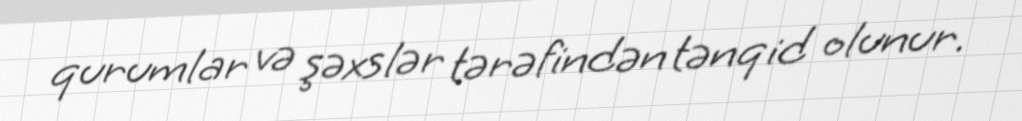
qurumlar və şəxslər tərəfindən tənqid olunur.